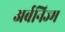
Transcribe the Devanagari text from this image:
अर्बनिज्म